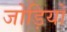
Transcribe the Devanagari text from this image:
जोड़ियों